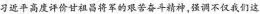
习近平高度评价甘祖昌将军的艰苦奋斗精神，强调不仅我们这